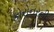
કોરોનરની